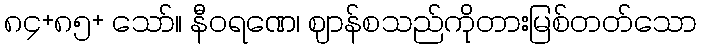
၈၄+၈၅+ သော်။ နီဝရဏေ၊ ဈာန်စသည်ကိုတားမြစ်တတ်သော